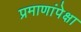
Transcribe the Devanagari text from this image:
प्रमाणांपेक्षा